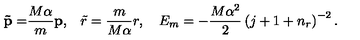
{ \bf \tilde { p } = } \frac { M \alpha } m { \bf p , \quad } \tilde { r } = \frac m { M \alpha } r , \quad E _ { m } = - \frac { M \alpha ^ { 2 } } 2 \left( j + 1 + n _ { r } \right) ^ { - 2 } .